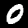
Label: 0